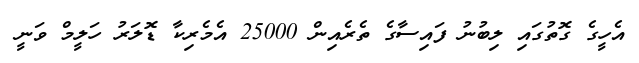
އެހީގެ ގޮތުގައި ލިބުނު ފައިސާގެ ތެރެއިން 25000 އެމެރިކާ ޑޮލަރު ހަލީމް ވަނީ